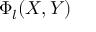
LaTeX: \Phi _ { l } ( X , Y )